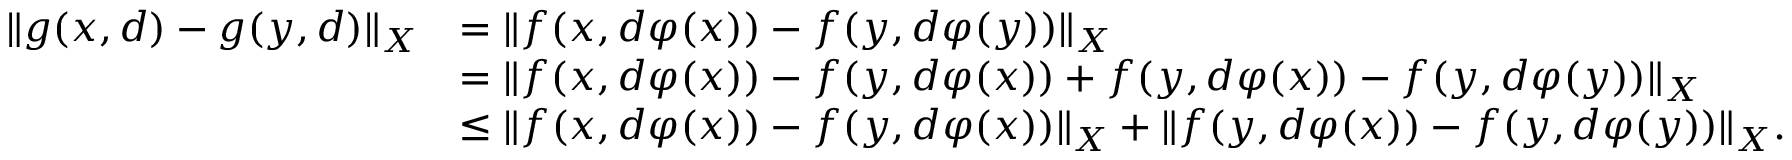
\begin{array} { r l } { \| g ( x , d ) - g ( y , d ) \| _ { X } } & { = \| f ( x , d \varphi ( x ) ) - f ( y , d \varphi ( y ) ) \| _ { X } } \\ & { = \| f ( x , d \varphi ( x ) ) - f ( y , d \varphi ( x ) ) + f ( y , d \varphi ( x ) ) - f ( y , d \varphi ( y ) ) \| _ { X } } \\ & { \leq \| f ( x , d \varphi ( x ) ) - f ( y , d \varphi ( x ) ) \| _ { X } + \| f ( y , d \varphi ( x ) ) - f ( y , d \varphi ( y ) ) \| _ { X } . } \end{array}